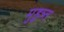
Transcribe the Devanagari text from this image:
मुहूत्र्त